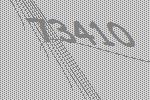
73410